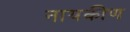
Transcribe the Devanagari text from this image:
नायकीण